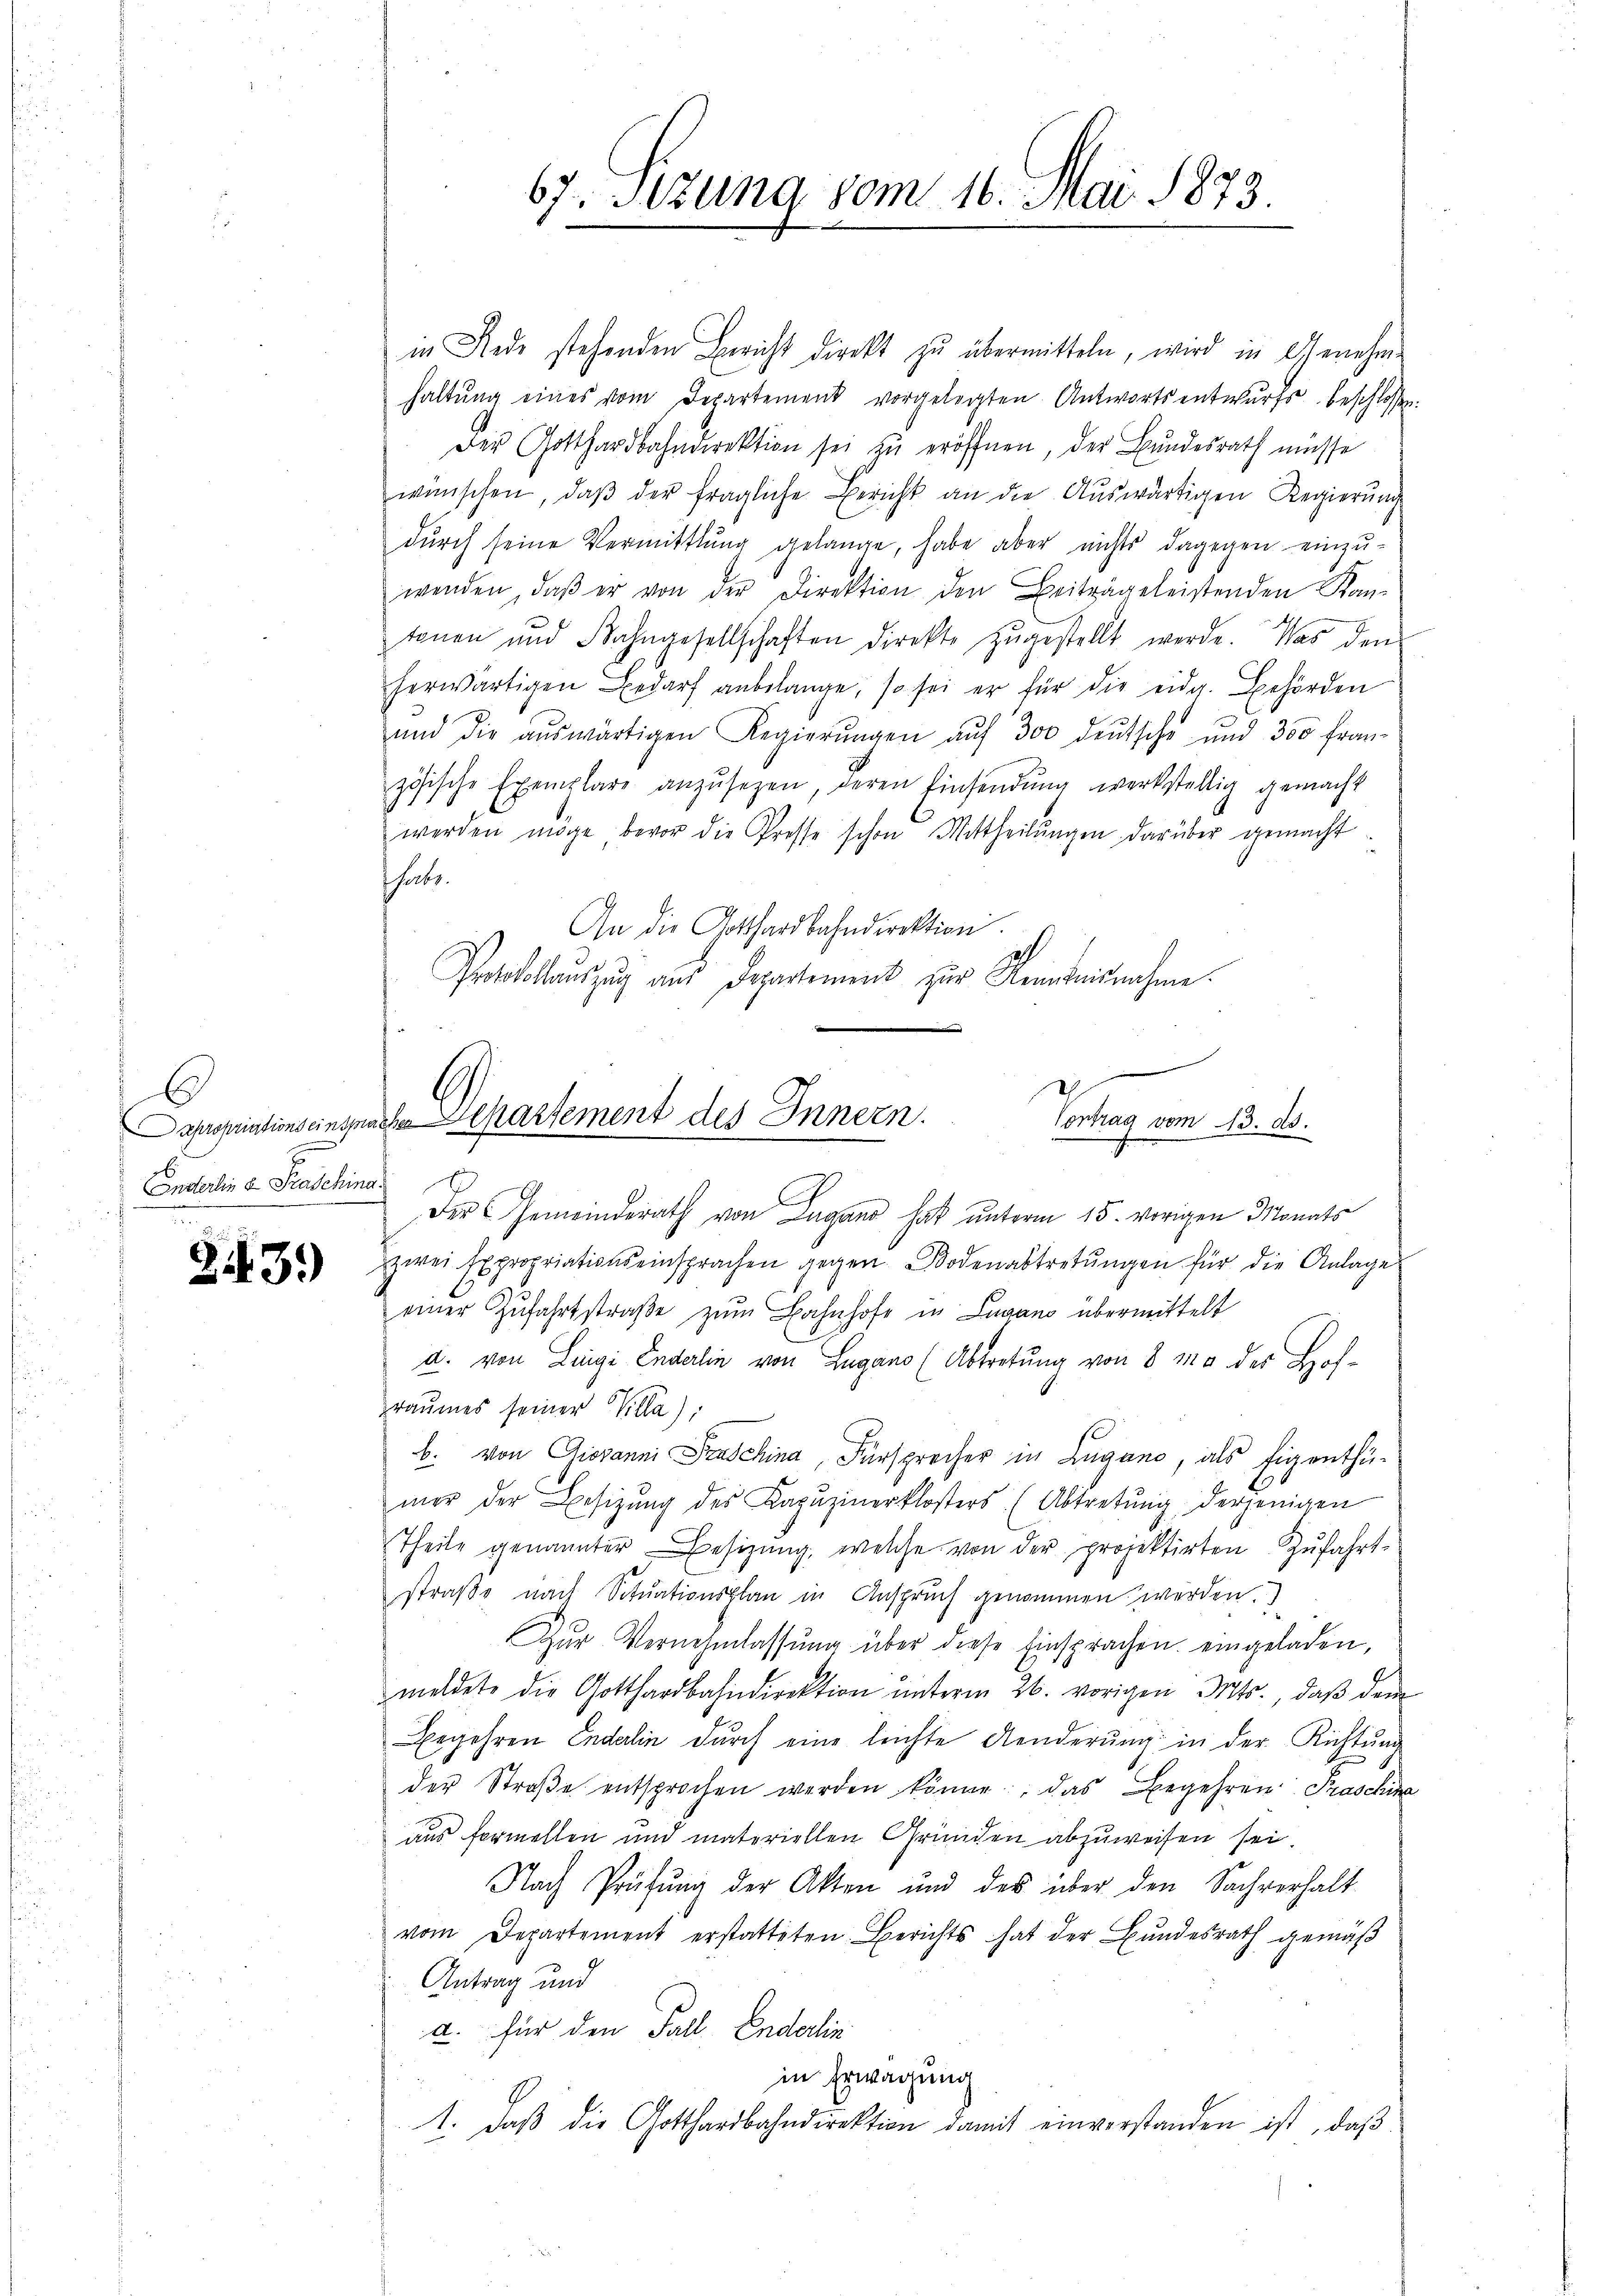
E
Entterlin u Praschina

33.)

in Rede stehenden Bericht direkt zu übermitteln, wird in Genehme
haltŭng eines vom Departement vorgelegten Antwortsentwurfs beschlossen:
Der Gotthardbahndirektion sei zu eröffnen, der Bundesrath müsse
wünschen, daβ der fragliche Bericht an die Auswärtigen Regierŭng
dŭrch seine Vermittlung gelange, habe aber nichts dagegen einzŭ-
wenden, daβ er von der Direktion den Beiträgeleistenden Kantonen und Bahngesellschaften direkte zŭgestellt werde. Was den
herwärtigen Bedarf anbelange, so sei er für die eidg. Behörden
ŭnd die aŭswärtigen Regierŭngen aŭf 300 deŭtsche und 300 fran-
zösische Exemplare anzŭsezen, deren Einsendŭng werkstellig gemacht
werden möge bevor die Presse schon Mittheilŭngen darüber gemacht
thabe.
An die Gothardbahndirektion.
Protokollaŭszŭg aŭs Departement zur Renntnisnahme.

67. Sezung vom 16. Mai 1873

g
apropriations einsprachen Separtement des Innern.
Contrag vom 13. d.

Der Gemeinderath von Lugano hat unterm 15. vorigen Monats
zwei Expropriationseinsprachen gegen Bodenabtretŭngen für die Anlage
einer Zufahrtstraße zum Bahnhofe in Lugano übermittelt
a. von Lingi Enderlin von Lugano (Abtretung von 8 10 des Hof-
raumes seiner Villa);
b. von Giovanni raschina, Fürsprecher in Lugano, als Eigenthü-
mer der Besitzŭng des Kapŭzinerklosters. (Abtretŭng, derjenigen
Theile genannter Besizung, welche von der projektirten Zufahrt
straβe nach Sitŭationsplan in Anspruch genommen werden.
Zŭr Vernehmlassŭng über diese Einsprachen eingeladen,
meldete die Gotthardbahndirektion ŭnterm 26. vorigen Mts., daβ dem
Begehren Enderlin durch eine leichte Aenderŭng in der Richtung
der Straβe entsprochen werden könne, das Begehren Fraschina
aus formellen und materiellen Gründen abzuweisen sei.
Nach Prüfung der Akten und des über den Sachverhalt
vom Departement erstatteten Berichts hat der Bundesrath gemäß
Antrag und
a. für den Fall Enderlin
in Erwägung
1. daβ die Gotthardbahndirektion damit einverstanden ist, daβ